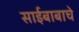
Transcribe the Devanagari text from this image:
साईबाबाचे